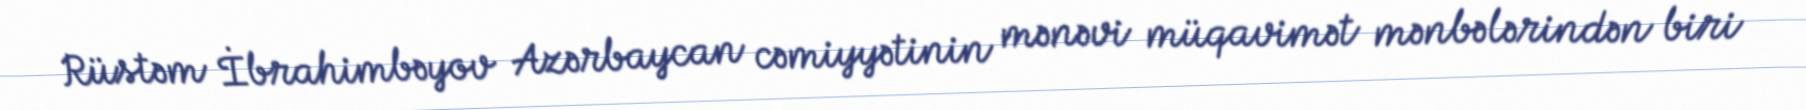
Rüstəm İbrahimbəyov Azərbaycan cəmiyyətinin mənəvi müqavimət mənbələrindən biri